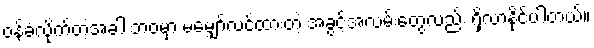
ဝန်ခံလိုက်တဲ့အခါ ဘဝမှာ မမျှော်လင့်ထားတဲ့ အခွင့်အလမ်းတွေလည်း ရှိလာနိုင်ပါတယ်။